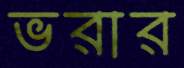
ভরার